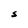
Character: S